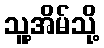
သူ့အိမ်သို့